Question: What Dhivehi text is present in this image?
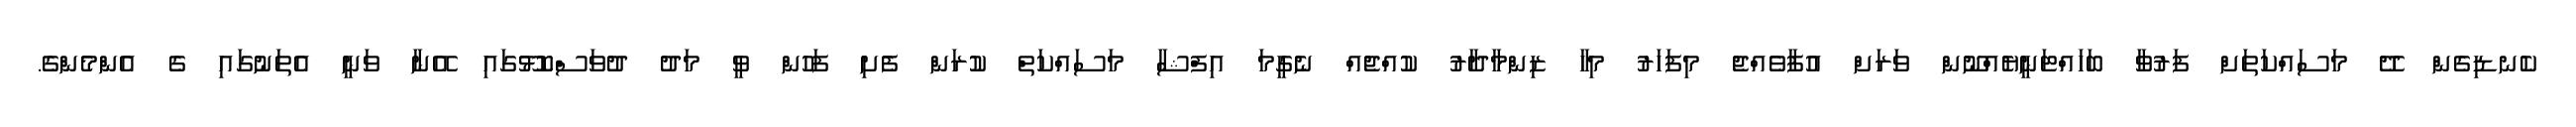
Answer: ކެނޑިގެން ދޭ މަސައްކަތަށް ފަރުވާ ބަހައްޓަނީޔެއްނޫން ވަރަށް އުފާވެއްޖެ މިފަހަރު މިހާ ޒިންމާދާރު ކުއްޖެއް ނެގީމަ އިފްޝާ މަސައްކަތް ކުރަން ފެށި ފަހުން ވީ މަދު ދުވަސްކޮޅޫގައި އޭނާ ވަނީ އެތަނުގައި ގެ އެންމެންގެ.